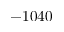
- 1 0 4 0